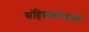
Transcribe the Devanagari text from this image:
संहिताखण्डको